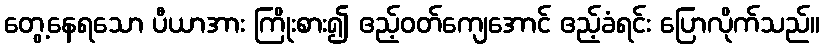
တွေ့နေရသော ပီယာအား ကြိုးစား၍ ဧည့်ဝတ်ကျေအောင် ဧည့်ခံရင်း ပြောလိုက်သည်။